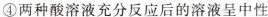
④两种酸溶液充分反应后的溶液呈中性